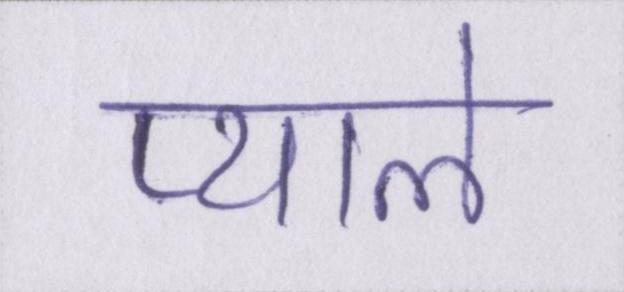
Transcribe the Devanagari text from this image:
प्याले